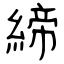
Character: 締